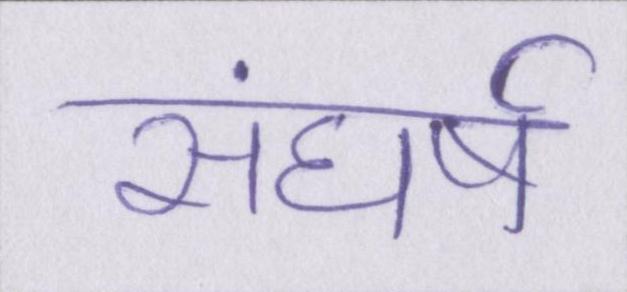
संघर्ष